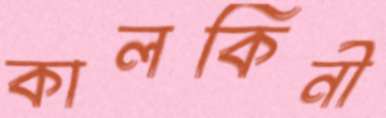
কালকিনী